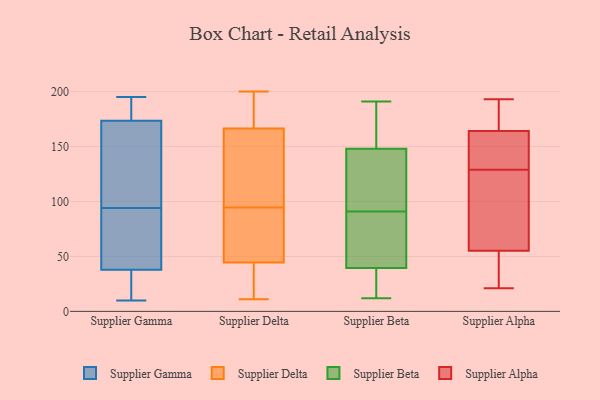
{"axis": {"x": "Satisfaction Score", "y": "Value"}, "legend": ["Supplier Alpha", "Supplier Beta", "Supplier Delta", "Supplier Gamma"], "data": [{"x": "", "y": 181, "type": "Supplier Gamma"}, {"x": "", "y": 195, "type": "Supplier Gamma"}, {"x": "", "y": 14, "type": "Supplier Gamma"}, {"x": "", "y": 166, "type": "Supplier Gamma"}, {"x": "", "y": 97, "type": "Supplier Gamma"}, {"x": "", "y": 136, "type": "Supplier Gamma"}, {"x": "", "y": 10, "type": "Supplier Gamma"}, {"x": "", "y": 192, "type": "Supplier Gamma"}, {"x": "", "y": 109, "type": "Supplier Gamma"}, {"x": "", "y": 61, "type": "Supplier Gamma"}, {"x": "", "y": 91, "type": "Supplier Gamma"}, {"x": "", "y": 10, "type": "Supplier Gamma"}, {"x": "", "y": 21, "type": "Supplier Gamma"}, {"x": "", "y": 85, "type": "Supplier Gamma"}, {"x": "", "y": 190, "type": "Supplier Gamma"}, {"x": "", "y": 55, "type": "Supplier Gamma"}, {"x": "", "y": 75, "type": "Supplier Delta"}, {"x": "", "y": 16, "type": "Supplier Delta"}, {"x": "", "y": 132, "type": "Supplier Delta"}, {"x": "", "y": 114, "type": "Supplier Delta"}, {"x": "", "y": 176, "type": "Supplier Delta"}, {"x": "", "y": 37, "type": "Supplier Delta"}, {"x": "", "y": 200, "type": "Supplier Delta"}, {"x": "", "y": 188, "type": "Supplier Delta"}, {"x": "", "y": 25, "type": "Supplier Delta"}, {"x": "", "y": 189, "type": "Supplier Delta"}, {"x": "", "y": 67, "type": "Supplier Delta"}, {"x": "", "y": 52, "type": "Supplier Delta"}, {"x": "", "y": 69, "type": "Supplier Delta"}, {"x": "", "y": 157, "type": "Supplier Delta"}, {"x": "", "y": 11, "type": "Supplier Delta"}, {"x": "", "y": 147, "type": "Supplier Delta"}, {"x": "", "y": 28, "type": "Supplier Beta"}, {"x": "", "y": 74, "type": "Supplier Beta"}, {"x": "", "y": 191, "type": "Supplier Beta"}, {"x": "", "y": 51, "type": "Supplier Beta"}, {"x": "", "y": 157, "type": "Supplier Beta"}, {"x": "", "y": 107, "type": "Supplier Beta"}, {"x": "", "y": 75, "type": "Supplier Beta"}, {"x": "", "y": 28, "type": "Supplier Beta"}, {"x": "", "y": 139, "type": "Supplier Beta"}, {"x": "", "y": 115, "type": "Supplier Beta"}, {"x": "", "y": 12, "type": "Supplier Beta"}, {"x": "", "y": 174, "type": "Supplier Beta"}, {"x": "", "y": 177, "type": "Supplier Alpha"}, {"x": "", "y": 48, "type": "Supplier Alpha"}, {"x": "", "y": 146, "type": "Supplier Alpha"}, {"x": "", "y": 166, "type": "Supplier Alpha"}, {"x": "", "y": 115, "type": "Supplier Alpha"}, {"x": "", "y": 72, "type": "Supplier Alpha"}, {"x": "", "y": 50, "type": "Supplier Alpha"}, {"x": "", "y": 40, "type": "Supplier Alpha"}, {"x": "", "y": 193, "type": "Supplier Alpha"}, {"x": "", "y": 71, "type": "Supplier Alpha"}, {"x": "", "y": 159, "type": "Supplier Alpha"}, {"x": "", "y": 129, "type": "Supplier Alpha"}, {"x": "", "y": 156, "type": "Supplier Alpha"}, {"x": "", "y": 21, "type": "Supplier Alpha"}, {"x": "", "y": 46, "type": "Supplier Alpha"}, {"x": "", "y": 95, "type": "Supplier Alpha"}, {"x": "", "y": 139, "type": "Supplier Alpha"}, {"x": "", "y": 187, "type": "Supplier Alpha"}, {"x": "", "y": 174, "type": "Supplier Alpha"}]}